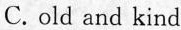
C.old and kind